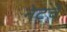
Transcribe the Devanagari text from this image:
नेटचे